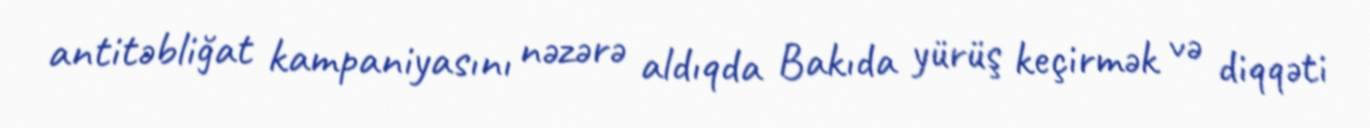
antitəbliğat kampaniyasını nəzərə aldıqda Bakıda yürüş keçirmək və diqqəti